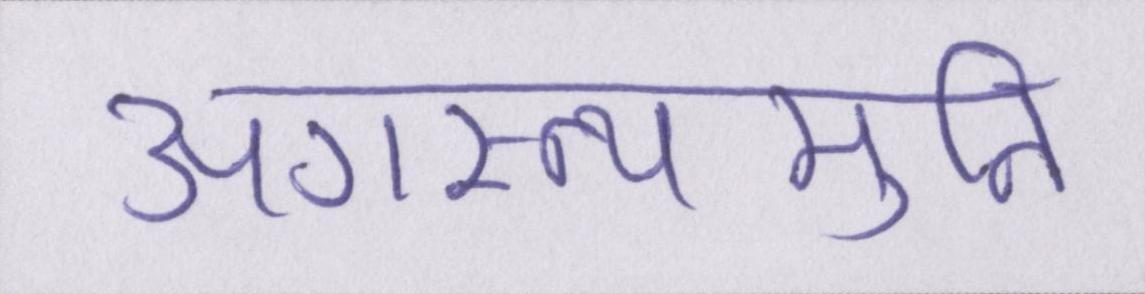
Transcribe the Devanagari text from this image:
अगस्त्यमुनि